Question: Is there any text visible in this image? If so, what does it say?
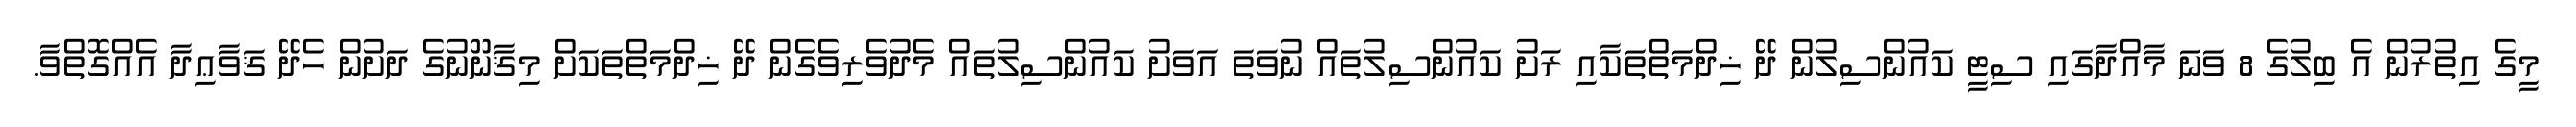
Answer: މީގެ އިތުރުން އެ ބިލުގެ 8 ވަނަ މާއްދާގައި ސިޓީ ކައުންސިލުން ދޭ ޚިދްމަތްތަކާއި ރަށު ކައުންސިލުތައް ނުވަތަ އަވަށު ކައުންސިލުތައް މެދުވެރިވެގެން ދޭ ޚިދްމަތްތަކަށް މިޤާނޫނުގެ ދަށުން ހެދޭ ޤަވާޢިދާ އެއްގޮތްވާ.